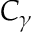
C _ { \gamma }